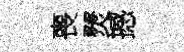
喪燹撼